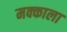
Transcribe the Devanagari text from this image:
मक्काला